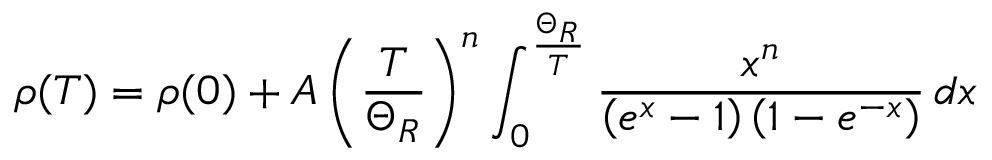
\rho ( T ) = \rho ( 0 ) + A \left( { \frac { T } { \Theta _ { R } } } \right) ^ { n } \int _ { 0 } ^ { \frac { \Theta _ { R } } { T } } { \frac { x ^ { n } } { \left( e ^ { x } - 1 \right) \left( 1 - e ^ { - x } \right) } } \, d x